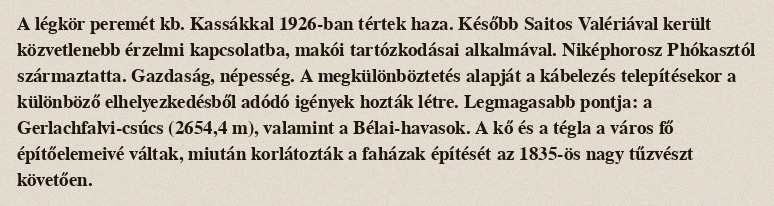
A légkör peremét kb. Kassákkal 1926-ban tértek haza. Később Saitos Valériával került közvetlenebb érzelmi kapcsolatba, makói tartózkodásai alkalmával. Niképhorosz Phókasztól származtatta. Gazdaság, népesség. A megkülönböztetés alapját a kábelezés telepítésekor a különböző elhelyezkedésből adódó igények hozták létre. Legmagasabb pontja: a Gerlachfalvi-csúcs (2654,4 m), valamint a Bélai-havasok. A kő és a tégla a város fő építőelemeivé váltak, miután korlátozták a faházak építését az 1835-ös nagy tűzvészt követően.